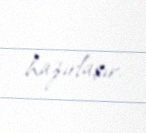
hazırlaşır.